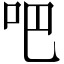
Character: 吧